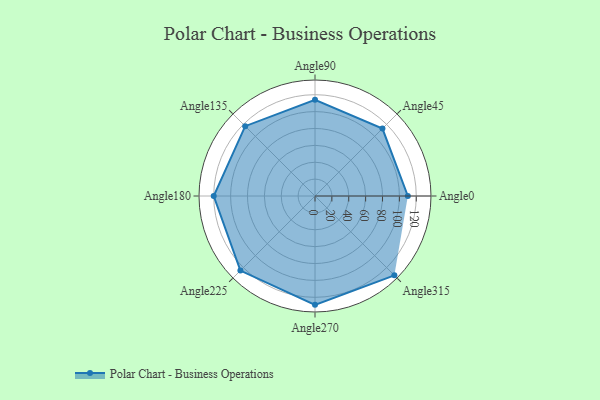
{"axis": {"x": "Angle", "y": "Radius"}, "legend": [""], "data": [{"x": "Angle0", "y": 110.0, "type": ""}, {"x": "Angle45", "y": 113.0, "type": ""}, {"x": "Angle90", "y": 114.0, "type": ""}, {"x": "Angle135", "y": 117.0, "type": ""}, {"x": "Angle180", "y": 120.0, "type": ""}, {"x": "Angle225", "y": 125.0, "type": ""}, {"x": "Angle270", "y": 129.0, "type": ""}, {"x": "Angle315", "y": 133.0, "type": ""}]}